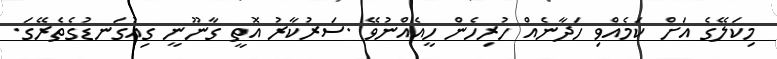
މިކަލޭގެ އަށް ކަމެއްވި ހަދާނެއް ހުރިހެން ހީއެއްނުވޭ .ސަރުކާރު އޮތީ ގާނޫނީ ގިއުގަނޑުގެތެރޭގަ.